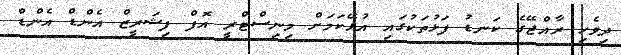
ދިވެހި ރާއްޖޭގެ ކަނޑު ފަޅުތަކުގައި އުޅޭކަމަށް މިނިސްޓްރީ އޮފް ފިޝަރީޒް އެންޑް އެންޑް